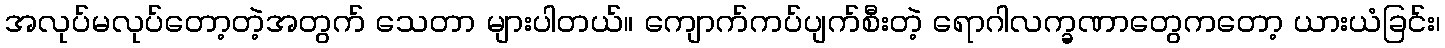
အလုပ်မလုပ်တော့တဲ့အတွက် သေတာ များပါတယ်။ ကျောက်ကပ်ပျက်စီးတဲ့ ရောဂါလက္ခဏာတွေကတော့ ယားယံခြင်း၊